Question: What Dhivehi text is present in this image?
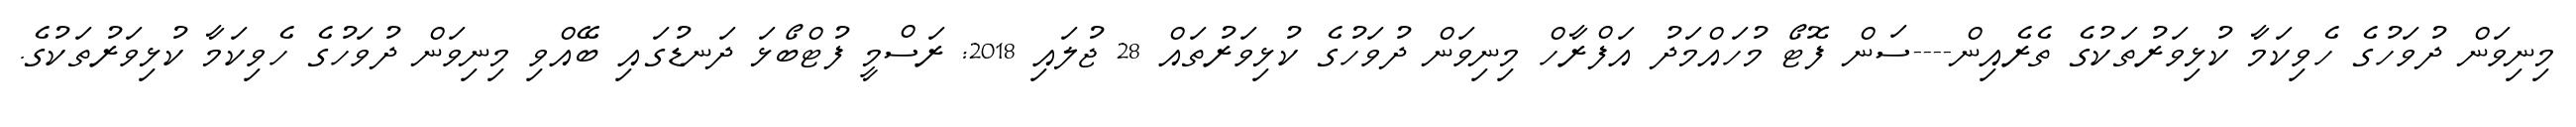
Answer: މިނިވަން ދުވަހުގެ ހެވިކަމާ ކުޅިވަރުތަކުގެ ތެރެއިން----ސަން ފޮޓޯ މުހައްމަދު އަފްރާހް މިނިވަން ދުވަހުގެ ކުޅިވަރުތައް 28 ޖުލައި 2018: ރަސްމީ ފުޓްބޯޅަ ދަނޑުގައި ބޭއްވި މިނިވަން ދުވަހުގެ ހެވިކަމާ ކުޅިވަރުތަކުގެ.